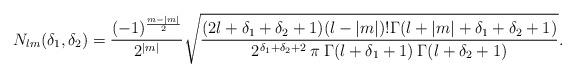
LaTeX: \begin{align*}N_{lm}(\delta_1,\delta_2) = \frac{(-1)^{\frac{m-|m|}{2}}}{2^{|m|}}\sqrt{\frac{(2l+\delta_1+\delta_2+1)(l-|m|)!\Gamma(l+|m|+\delta_1+\delta_2+1)} {2^{\delta_1+\delta_2+2} \> {\pi}\>\Gamma(l+\delta_1+1) \>\Gamma(l+\delta_2+1)}}.\end{align*}